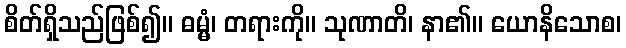
စိတ်ရှိသည်ဖြစ်၍။ ဓမ္မံ၊ တရားကို။ သုဏာတိ၊ နာ၏။ ယောနိသောစ၊